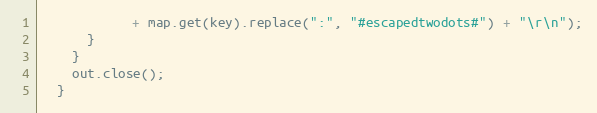
Language: Java
            + map.get(key).replace(":", "#escapedtwodots#") + "\r\n");
      }
    }
    out.close();
  }